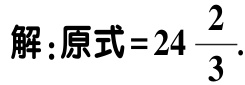
解：原式=$24\frac{2}{3}$.